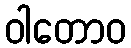
ဝါတောဝ